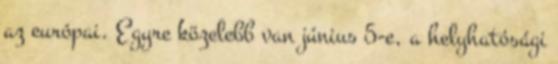
az európai. Egyre közelebb van június 5-e, a helyhatósági